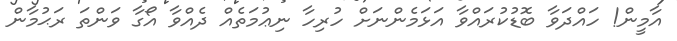
އާމީން! ހައްދަވާ ބޮޑުކުރައްވާ އަޅަމެންނަށް ހުރިހާ ނިޢުމަތެއް ދެއްވާ އޯގާ ވަންތަ ރަޙުމާން